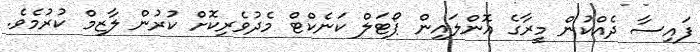
ފައިސާ ދެއްކުން މީރާގެ އޮންލައިން ޕޯޓަލް ކަނެކްޓް މެދުވެރިކޮށް ކުރުން ލާޒިމް ކުރުމެވެ.